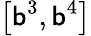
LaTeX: \left[\mathsf{b}^{3},\mathsf{b}^{4}\right]